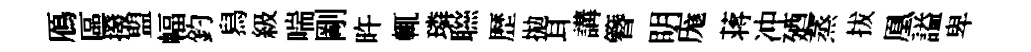
鴈區撥盟幅釣舄級喘剛旿輒璘聮歴拋耳講簪眀庬蒋冲廼蒸拔凰謚卑